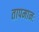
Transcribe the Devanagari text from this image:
तापमानः